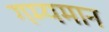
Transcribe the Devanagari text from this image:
गम्यमान